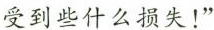
受到些什么损失！”